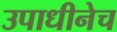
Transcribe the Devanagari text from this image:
उपाधीनेच